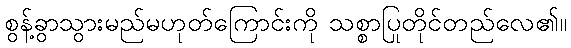
စွန့်ခွာသွားမည်မဟုတ်ကြောင်းကို သစ္စာပြုတိုင်တည်လေ၏။